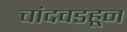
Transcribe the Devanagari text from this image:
चांदवडहून